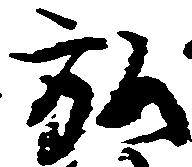
弘